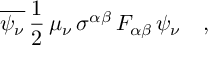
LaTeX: \overline { { { \psi _ { \nu } } } } \, \frac { 1 } { 2 } \, \mu _ { \nu } \, \sigma ^ { \alpha \beta } \, F _ { \alpha \beta } \, \psi _ { \nu } \ \ \ ,